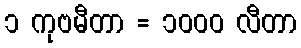
၁ ကုဗမီတာ = ၁၀၀၀ လီတာ